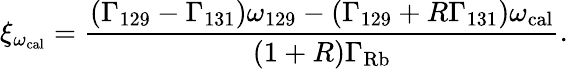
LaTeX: \xi_{\omega_{\mathrm{cal}}}=\frac{(\Gamma_{129}-\Gamma_{131})\omega_{129}-(\Gamma_{129}+R\Gamma_{131})\omega_{\mathrm{cal}}}{(1+R)\Gamma_{\mathrm{Rb}}}.